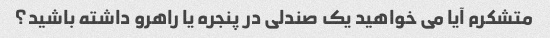
متشکرم آیا می خواهید یک صندلی در پنجره یا راهرو داشته باشید؟